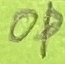
Text: OP